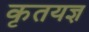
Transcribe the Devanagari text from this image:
कृतयज्ञ